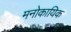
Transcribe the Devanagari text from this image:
मनोकायिक